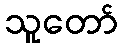
သူတော်